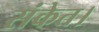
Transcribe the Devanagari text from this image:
संकेत।